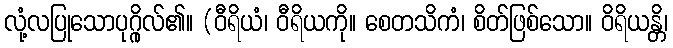
လုံ့လပြုသောပုဂ္ဂိုလ်၏။ (ဝီရိယံ၊ ဝီရိယကို။ စေတသိကံ၊ စိတ်ဖြစ်သော။ ဝိရိယန္တိ၊